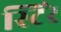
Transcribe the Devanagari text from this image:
स्टिरे